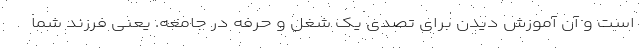
است و آن آموزش دیدن برای تصدی یک شغل و حرفه در جامعه. یعنی فرزند شما